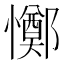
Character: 𢤜